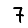
Digit: 7